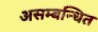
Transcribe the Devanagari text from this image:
असम्बन्धित